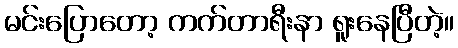
မင်းပြောတော့ ကက်တာရီးနာ ရူးနေပြီတဲ့။